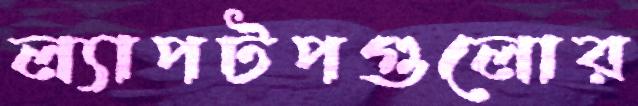
ল্যাপটপগুলোর